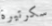
سكرتيرة